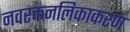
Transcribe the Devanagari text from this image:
नवरक्तनलिकाकरण